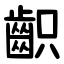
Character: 齞